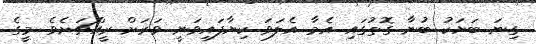
ގިނަ ބަޔަކު ބުނާ ގޮތުގައި އެމާ އެލަވަ ކިޔާފައިވަނީ ވަރަށް ރީއްޗަށެވެ. މީގެ